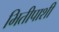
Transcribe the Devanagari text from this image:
भितीपाशी